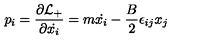
p _ { i } = \frac { \partial { \cal L } _ { + } } { \partial { \dot { x _ { i } } } } = m { \dot { x _ { i } } } - \frac { B } { 2 } \epsilon _ { i j } x _ { j }